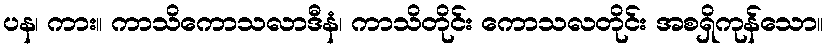
ပန၊ ကား။ ကာသိကောသလာဒီနံ၊ ကာသိတိုင်း ကောသလတိုင်း အစရှိကုန်သော။